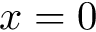
x = 0